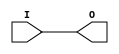
module IBUF_HSTL_IV_DCI (O, I);

    output O;

    input  I;

	buf B1 (O, I);


endmodule